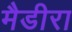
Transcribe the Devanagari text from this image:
मैडीरा